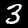
Label: 3